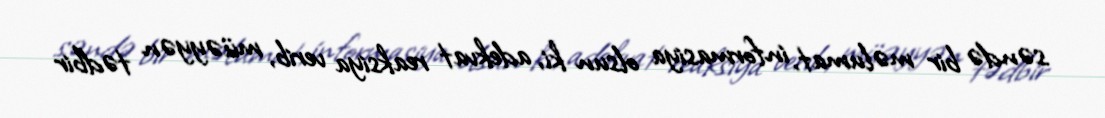
səndə bir məlumat, informasiya olsun ki, adekvat reaksiya verib, müəyyən tədbir